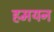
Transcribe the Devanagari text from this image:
हमयन